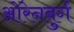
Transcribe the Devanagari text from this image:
ओरेनबुर्ग